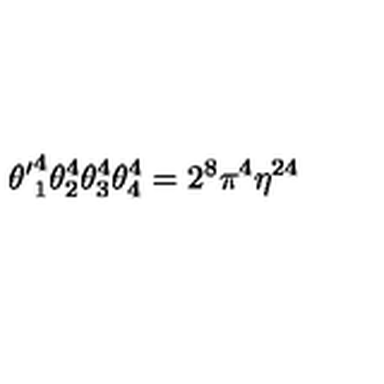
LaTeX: { \theta ^ { \prime } } _ { 1 } ^ { 4 } \theta _ { 2 } ^ { 4 } \theta _ { 3 } ^ { 4 } \theta _ { 4 } ^ { 4 } = 2 ^ { 8 } \pi ^ { 4 } \eta ^ { 2 4 }